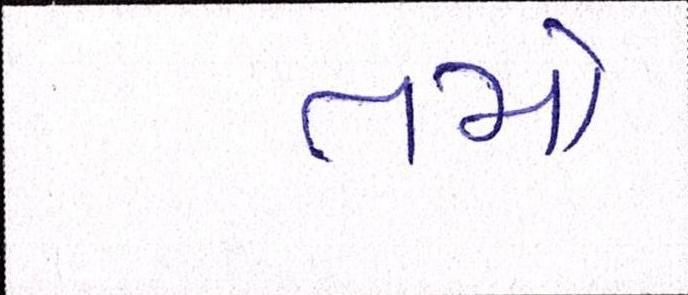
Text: તમો